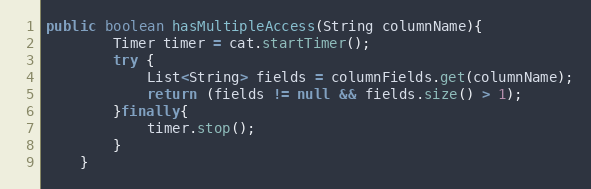
Language: Java
public boolean hasMultipleAccess(String columnName){
		Timer timer = cat.startTimer();
		try {
	    	List<String> fields = columnFields.get(columnName);
	    	return (fields != null && fields.size() > 1);
		}finally{
			timer.stop();
		}
    }